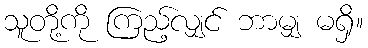
သူတို့ကို ကြည့်လျှင် ဘာမျှ မရှိ။